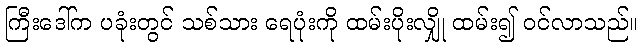
ကြီးဒေါ်က ပခုံးတွင် သစ်သား ရေပုံးကို ထမ်းပိုးလျှို ထမ်း၍ ဝင်လာသည်။